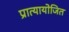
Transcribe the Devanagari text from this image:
प्रात्यायोजित